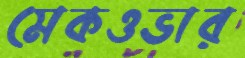
মেকওভার